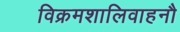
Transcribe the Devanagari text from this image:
विक्रमशालिवाहनौ